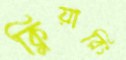
ক্লিয়ারিং